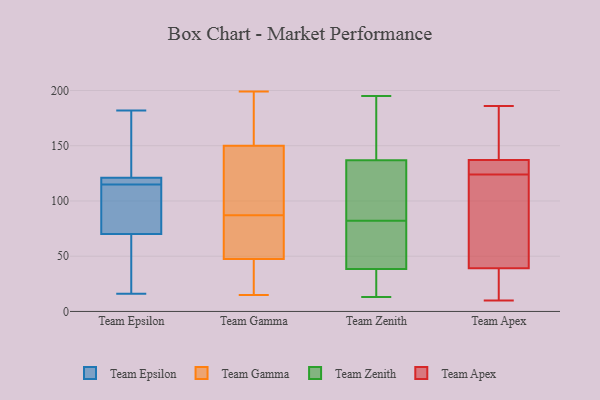
{"axis": {"x": "Energy Usage (MWh)", "y": "Value"}, "legend": ["Team Apex", "Team Epsilon", "Team Gamma", "Team Zenith"], "data": [{"x": "", "y": 182, "type": "Team Epsilon"}, {"x": "", "y": 69, "type": "Team Epsilon"}, {"x": "", "y": 164, "type": "Team Epsilon"}, {"x": "", "y": 16, "type": "Team Epsilon"}, {"x": "", "y": 21, "type": "Team Epsilon"}, {"x": "", "y": 26, "type": "Team Epsilon"}, {"x": "", "y": 117, "type": "Team Epsilon"}, {"x": "", "y": 114, "type": "Team Epsilon"}, {"x": "", "y": 116, "type": "Team Epsilon"}, {"x": "", "y": 71, "type": "Team Epsilon"}, {"x": "", "y": 71, "type": "Team Epsilon"}, {"x": "", "y": 121, "type": "Team Epsilon"}, {"x": "", "y": 169, "type": "Team Epsilon"}, {"x": "", "y": 120, "type": "Team Epsilon"}, {"x": "", "y": 121, "type": "Team Epsilon"}, {"x": "", "y": 93, "type": "Team Epsilon"}, {"x": "", "y": 199, "type": "Team Gamma"}, {"x": "", "y": 19, "type": "Team Gamma"}, {"x": "", "y": 151, "type": "Team Gamma"}, {"x": "", "y": 147, "type": "Team Gamma"}, {"x": "", "y": 179, "type": "Team Gamma"}, {"x": "", "y": 22, "type": "Team Gamma"}, {"x": "", "y": 46, "type": "Team Gamma"}, {"x": "", "y": 197, "type": "Team Gamma"}, {"x": "", "y": 116, "type": "Team Gamma"}, {"x": "", "y": 57, "type": "Team Gamma"}, {"x": "", "y": 176, "type": "Team Gamma"}, {"x": "", "y": 145, "type": "Team Gamma"}, {"x": "", "y": 142, "type": "Team Gamma"}, {"x": "", "y": 87, "type": "Team Gamma"}, {"x": "", "y": 15, "type": "Team Gamma"}, {"x": "", "y": 52, "type": "Team Gamma"}, {"x": "", "y": 58, "type": "Team Gamma"}, {"x": "", "y": 71, "type": "Team Gamma"}, {"x": "", "y": 42, "type": "Team Gamma"}, {"x": "", "y": 87, "type": "Team Zenith"}, {"x": "", "y": 73, "type": "Team Zenith"}, {"x": "", "y": 195, "type": "Team Zenith"}, {"x": "", "y": 31, "type": "Team Zenith"}, {"x": "", "y": 133, "type": "Team Zenith"}, {"x": "", "y": 20, "type": "Team Zenith"}, {"x": "", "y": 159, "type": "Team Zenith"}, {"x": "", "y": 72, "type": "Team Zenith"}, {"x": "", "y": 13, "type": "Team Zenith"}, {"x": "", "y": 186, "type": "Team Zenith"}, {"x": "", "y": 127, "type": "Team Zenith"}, {"x": "", "y": 15, "type": "Team Zenith"}, {"x": "", "y": 138, "type": "Team Zenith"}, {"x": "", "y": 61, "type": "Team Zenith"}, {"x": "", "y": 82, "type": "Team Zenith"}, {"x": "", "y": 144, "type": "Team Apex"}, {"x": "", "y": 78, "type": "Team Apex"}, {"x": "", "y": 160, "type": "Team Apex"}, {"x": "", "y": 39, "type": "Team Apex"}, {"x": "", "y": 127, "type": "Team Apex"}, {"x": "", "y": 20, "type": "Team Apex"}, {"x": "", "y": 121, "type": "Team Apex"}, {"x": "", "y": 39, "type": "Team Apex"}, {"x": "", "y": 130, "type": "Team Apex"}, {"x": "", "y": 186, "type": "Team Apex"}, {"x": "", "y": 128, "type": "Team Apex"}, {"x": "", "y": 10, "type": "Team Apex"}]}